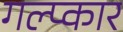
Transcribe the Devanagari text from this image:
गल्प्कार